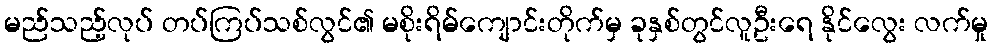
မည်သည့်လုပ် တပ်ကြပ်သစ်လွင်၏ မစိုးရိမ်ကျောင်းတိုက်မှ ခုနှစ်တွင်လူဦးရေ နိုင်လွေး လက်မှု